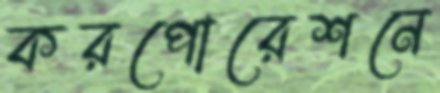
করপোরেশনে